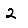
Digit: 2